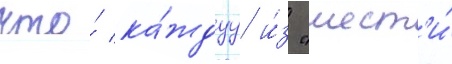
что́ ка́ждуу и́з "шест'и́